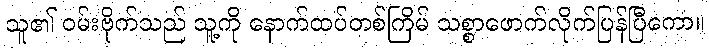
သူ၏ ဝမ်းဗိုက်သည် သူ့ကို နောက်ထပ်တစ်ကြိမ် သစ္စာဖောက်လိုက်ပြန်ပြီကော။